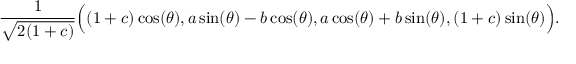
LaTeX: { \frac { 1 } { \sqrt { 2 ( 1 + c ) } } } { \Big ( } ( 1 + c ) \cos ( \theta ) , a \sin ( \theta ) - b \cos ( \theta ) , a \cos ( \theta ) + b \sin ( \theta ) , ( 1 + c ) \sin ( \theta ) { \Big ) } . \,